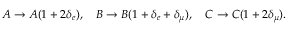
A \to A ( 1 + 2 \delta _ { e } ) , ~ ~ ~ B \to B ( 1 + \delta _ { e } + \delta _ { \mu } ) , ~ ~ ~ C \to C ( 1 + 2 \delta _ { \mu } ) .